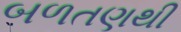
બળતણથી